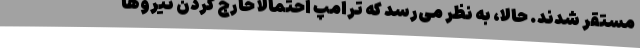
مستقر شدند. حالا،‌ به نظر می‌رسد که ترامپ احتمالا خارج کردن نیروها